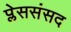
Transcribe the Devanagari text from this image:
प्लेससंसद